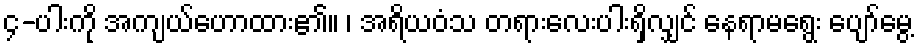
၄-ပါးကို အကျယ်ဟောထား၏။ ၊ အရိယဝံသ တရားလေးပါးရှိလျှင် နေရာမရွေး ပျော်မွေ့